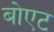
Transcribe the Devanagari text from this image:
बोएट